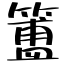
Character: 簠